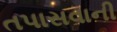
તપાસવાની